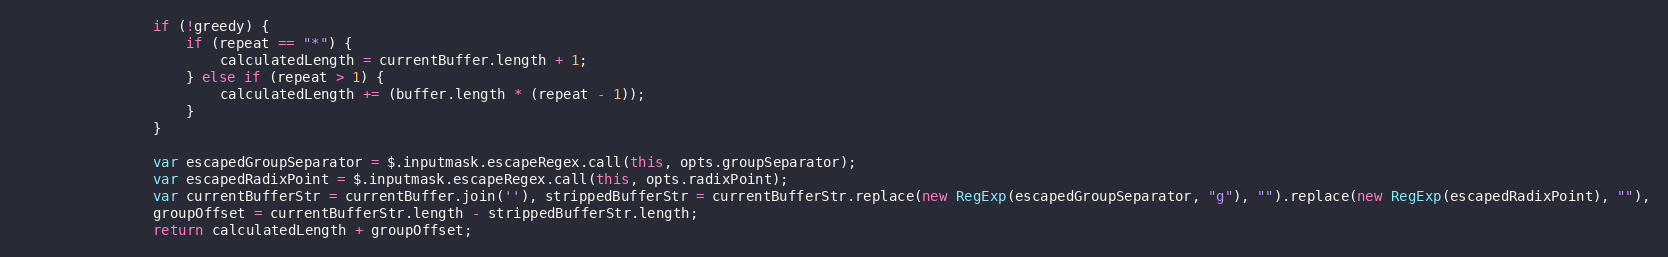
Language: JavaScript
                if (!greedy) {
                    if (repeat == "*") {
                        calculatedLength = currentBuffer.length + 1;
                    } else if (repeat > 1) {
                        calculatedLength += (buffer.length * (repeat - 1));
                    }
                }

                var escapedGroupSeparator = $.inputmask.escapeRegex.call(this, opts.groupSeparator);
                var escapedRadixPoint = $.inputmask.escapeRegex.call(this, opts.radixPoint);
                var currentBufferStr = currentBuffer.join(''), strippedBufferStr = currentBufferStr.replace(new RegExp(escapedGroupSeparator, "g"), "").replace(new RegExp(escapedRadixPoint), ""),
                groupOffset = currentBufferStr.length - strippedBufferStr.length;
                return calculatedLength + groupOffset;